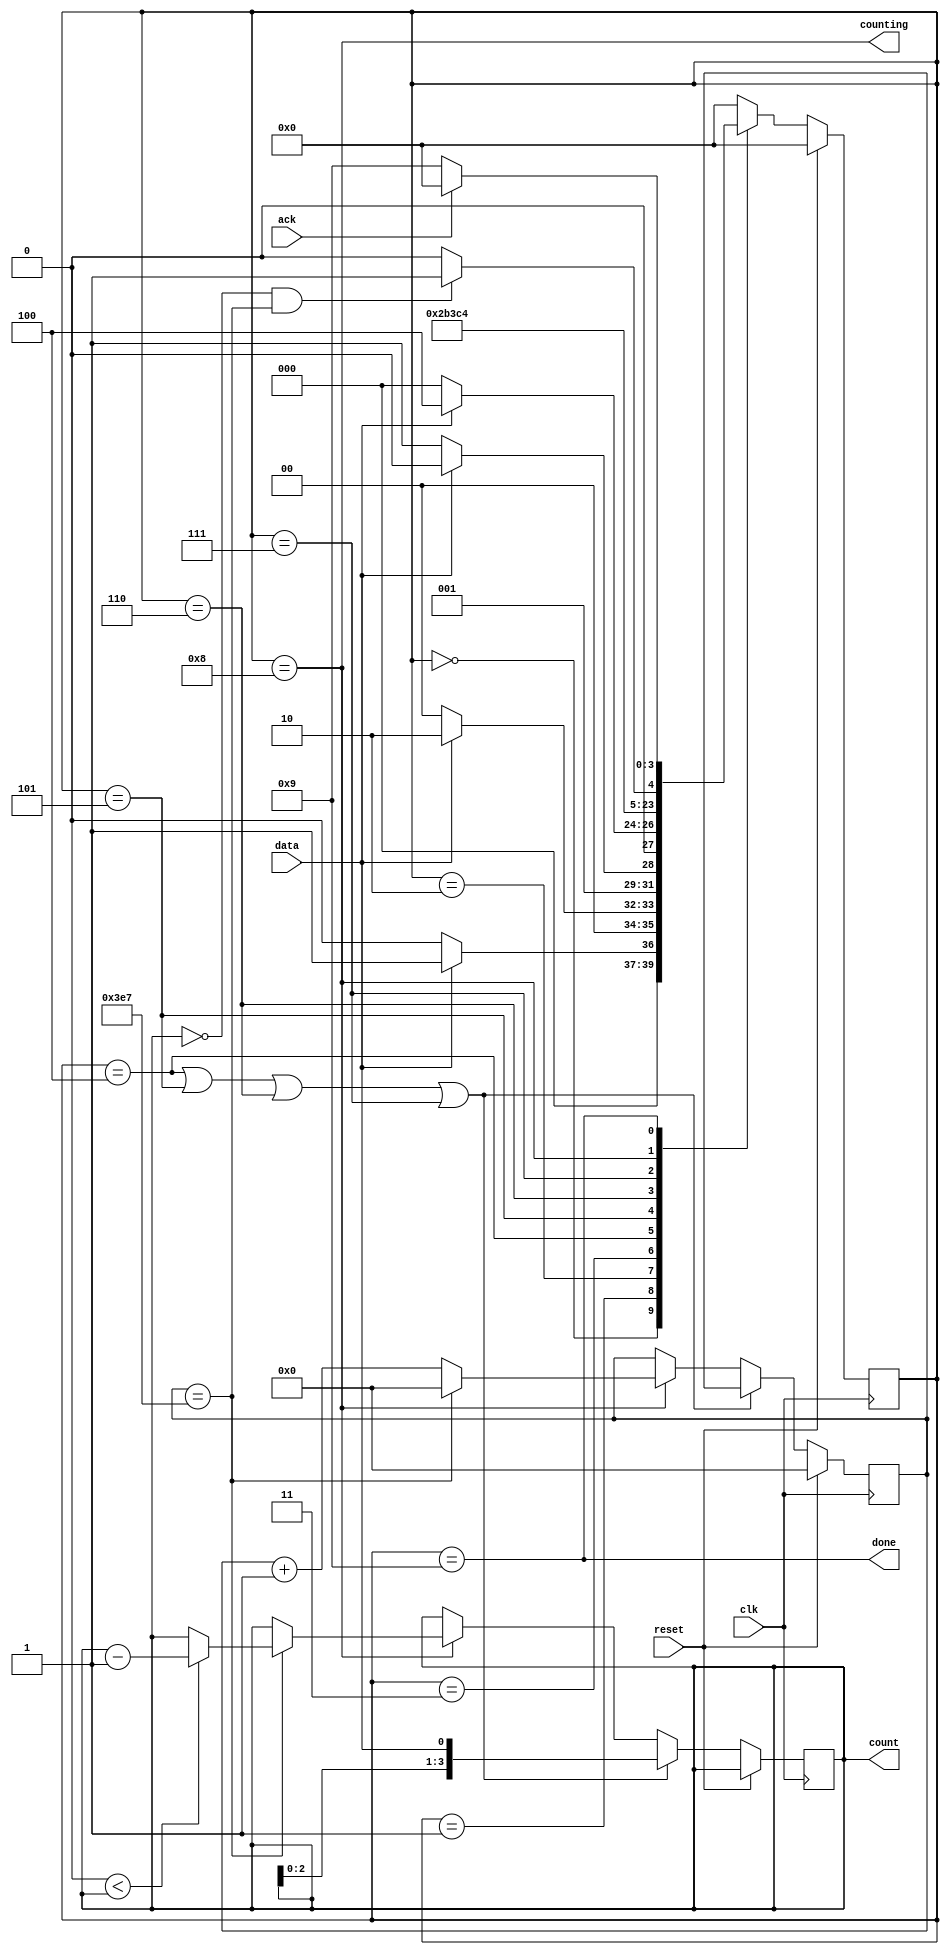
module top_module (
    input clk,
    input reset,      
    input data,
    output reg [3:0] count,
    output counting,
    output done,
    input ack );
    
    parameter S0 =4'd0, S1 = 4'd1, S11 = 4'd2, S110 = 4'd3, 
              B1 = 4'd4, B2 = 4'd5, B3 = 4'd6, B4 = 4'd7, 
              C = 4'd8, D = 4'd9;
              
    reg [3:0] state, next_state;
    reg [9:0] cnt;
    
    always @(*) begin
        case (state)
            S0:    next_state = data ? S1 : S0;
            S1:    next_state = data ? S11 : S0;
            S11:   next_state = data ? S11 : S110;
            S110:  next_state = data ? B1 : S0;
            B1:    next_state = B2;
            B2:    next_state = B3;
            B3:    next_state = B4; 
            B4:    next_state = C;	 
            C:     next_state = (count==0 && cnt==10'd999)? D : C;
            D:     next_state = ack ? S0 : D;
            default: next_state = S0;
        endcase
    end
    
    always @(posedge clk) begin
        if (reset) begin
            state <= S0;
            cnt <= 0;
        end else begin
            state <= next_state;
            if (state == B1 || state == B2 || state == B3 || state == B4)
                count <= {count[2:0],data};
            else if(state==C)begin
                if(cnt == 10'd999)begin
                    cnt <= 0;
                    count <= (0<count) ? count - 4'd1 : count;
                end else begin
                    cnt <= cnt + 10'd1;
                end
            end
        end
    end
    
    assign counting = (state == C);
    assign done = (state == D);

endmodule